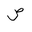
Letter: _sad